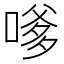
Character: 嗲